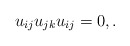
\begin{gather*}u_{ij} u_{jk} u_{ij} = 0, .\end{gather*}